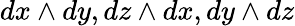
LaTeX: dx\wedge dy,dz\wedge dx,dy\wedge dz